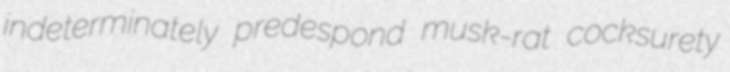
indeterminately predespond musk-rat cocksurety